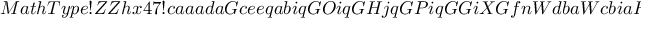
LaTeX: M a t h T y p e ! Z Z h x 4 7 ! c a a a d a G c e e q a b i q G O i q G H j q G P i q G G i X G f n W d b a W c b i a H S b q e a O G a g 2